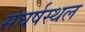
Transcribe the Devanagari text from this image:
संघर्षस्थल